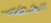
الخطه